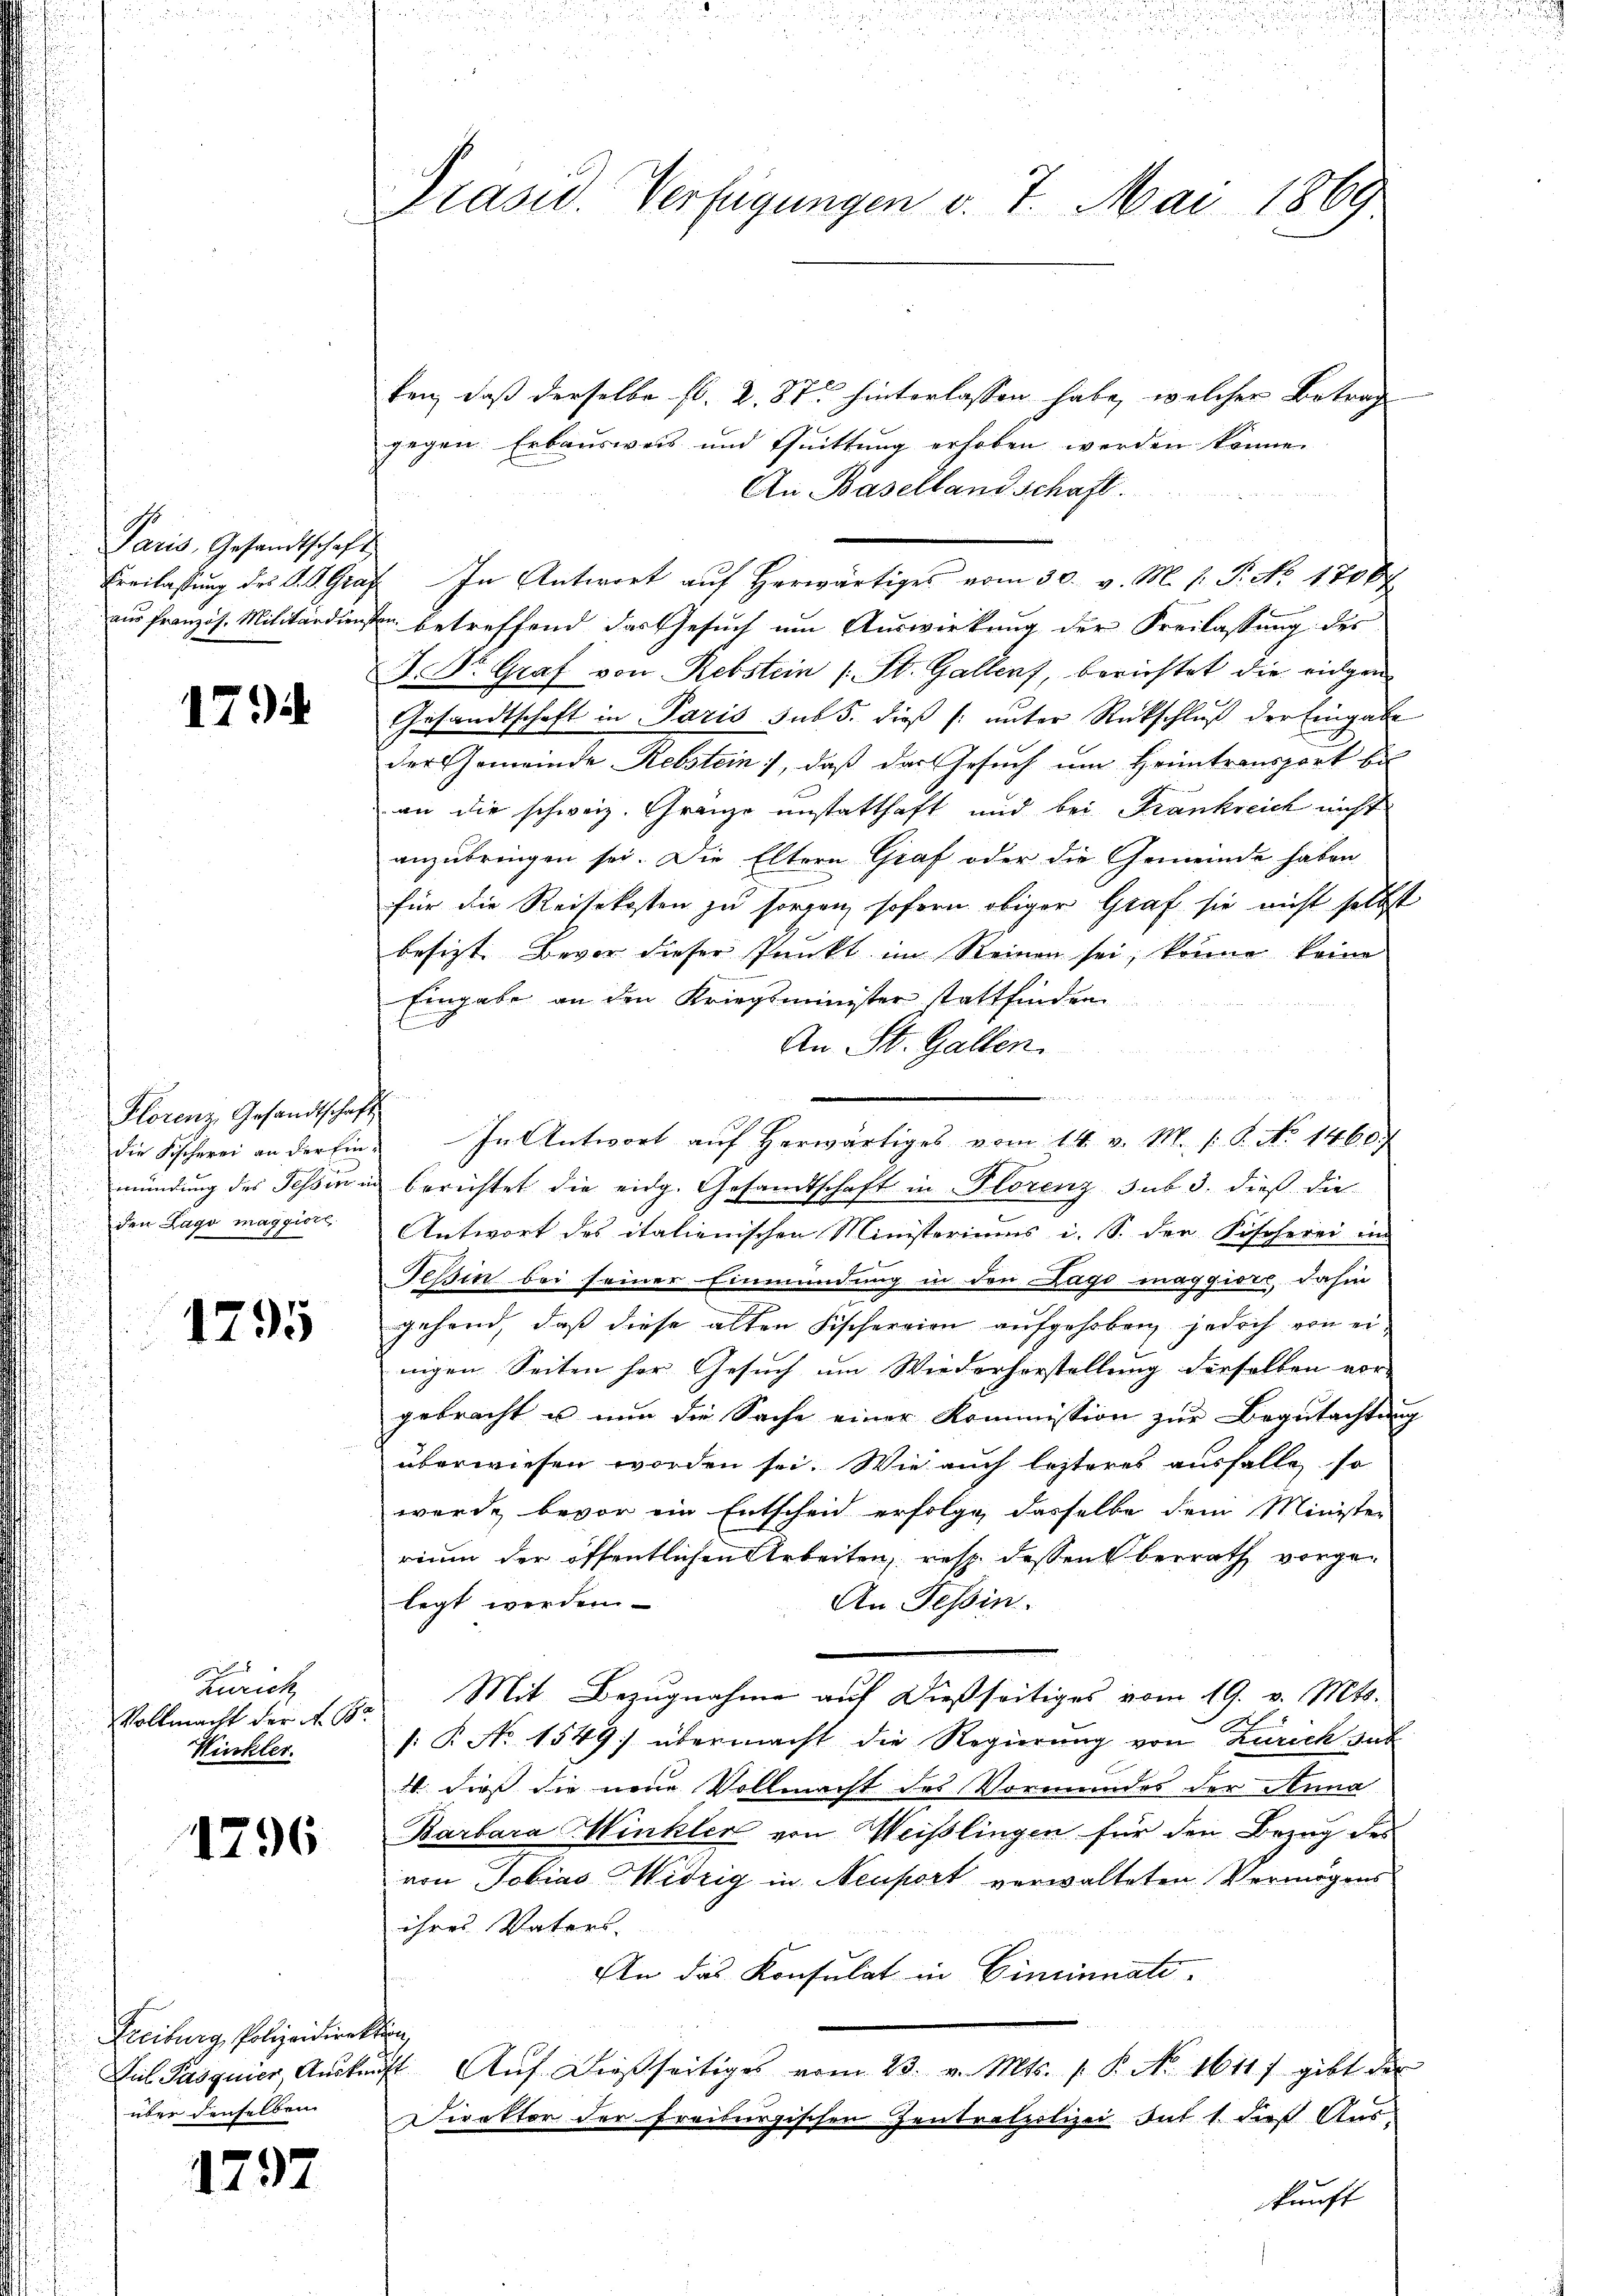
Paris, Gesandtschaft

1794

Florenz, Gesandtschaf
den Lago maggiore

1795

Zürich
Vollmacht der A. 18
Winkler.

1796

Freiburg, Polizeidirekten
über denselben

1797

Präsid. Verfügungen v. 7. Mai 1869

ken, daß derselbe fl. 2. 875 hinterlassen habe, welcher Betrag
gegen Erbausweis und Quittung erhoben werden könne.
An Baselland schaft.
Ereilassŭng des K. K. Graf In Antwort aŭf herwärtiges vom 30. v. M. h. T. No. 1700
aus französ. Militärdiensten betreffend das Gesuch um Auswirkung der Freilassung des
J. Dr. Graf von Rebstein (: St. Gallen, berichtet die eigen
Gesandtschaft in Paris sub 5. dieß (: unter Rückschluß der Eingabe
der Gemeinde Rebstein, daß das Gesuch um Heimtransport bil
an die schweiz. Granze unstatthaft und bei Frankreich nicht
anzubringen sei. Die Eltern Graf oder die Gemeinde haben
für die Reisekosten zu sorgen, sofern obiger Graf sie nicht selbst
besizt. Bevor dieser Punkt im Reinen sei, könne keine
Eingabe an den Kriegsminister stattfinden
An St. Gallen.
un
u
4
Die Fischerei an der Ein In Antwort auf herwärtiges vom 14. v. M. P.P. No 1460.
mündung des Tessin in berichtet die eidg. Gesandtschaft in Florenz sub 3. dieß die
Antwort des italienischen Ministeriums i. S. der Fischerei in
Tessin bei seiner Einmündung in den Lago maggiore dahin
gehend, daß diese alten Fischeraien aufgehoben, jedoch von einigen Seiten her Gesuch um Wiederhorstellung derselben vor-
gebracht u nun die Sache einer Kommission zur Begutachtung
überwiesen worden sei. Wie auch lezteres ausfalle, so
wurde bevor ein Entscheid erfolge dasselbe dem Minister
rium der öffentlichen Arbeiten, resp. dessen berrath vorgelegt werden
An Tessin.
Mit Bezugnahme auf dießseitiges vom 19. v. Mts.
: P. No 1549) übermacht die Regierung von Zürich hat
1. dieß die neue Vollmacht des Vormundes der Anna
Barbara Winkler von Weißlingen für den Bezug des
von Tobias Widrig in Neuport verwalteten Vermögens
ihres Vaters.
An das Konsulat in Einsinuati¬
Jul Pasquier, Aŭskauft. Aŭf dießseitiges vom 23. v. Mts. 1. P. No. 1611) gibt der
Direktor der Freiburgischen Zentratpolizei dat 1. dieß Auskunft